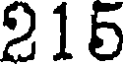
215